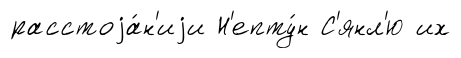
расстоjа́н'иjи Н'епту́н С'янл'ю их